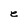
Character: e